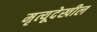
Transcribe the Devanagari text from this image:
मृत्यूदेखील